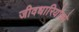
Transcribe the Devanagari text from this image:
जीवधारियोंको